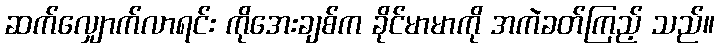
ဆက်လျှောက်လာရင်း ကိုအေးချစ်က ခိုင်မာမာကို အကဲခတ်ကြည့် သည်။